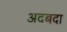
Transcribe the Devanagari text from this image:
अदबदा